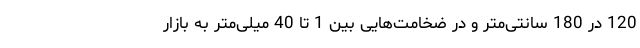
120 در 180 سانتی‌متر و در ضخامت‌هایی بین 1 تا 40 میلی‌متر به بازار